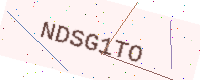
Text: NDSG1TO